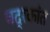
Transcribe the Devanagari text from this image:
चद्रकांत